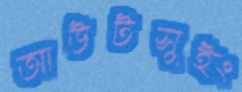
আউটসুইং